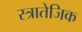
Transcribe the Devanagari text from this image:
स्त्रातेजिक